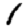
Digit: 1